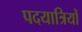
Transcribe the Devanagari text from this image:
पदयात्रियों